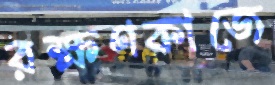
রক্ষণকাজে